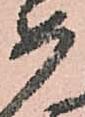
如